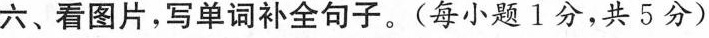
六、看图片,写单词补全句子.(每小题 1分,共5分)